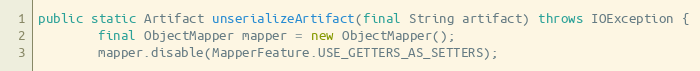
Language: Java
public static Artifact unserializeArtifact(final String artifact) throws IOException {
		final ObjectMapper mapper = new ObjectMapper();
        mapper.disable(MapperFeature.USE_GETTERS_AS_SETTERS);